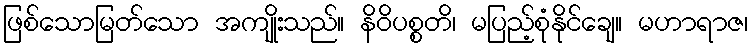
ဖြစ်သောမြတ်သော အကျိုးသည်။ နိဝိပစ္စတိ၊ မပြည့်စုံနိုင်ချေ။ မဟာရာဇ၊